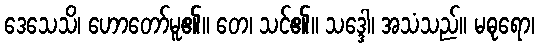
ဒေသေသိ၊ ဟောတော်မူ၏။ တေ၊ သင်၏။ သဒ္ဒေါ၊ အသံသည်။ မဓုရော၊